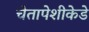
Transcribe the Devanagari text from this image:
चेतापेशीकेडे